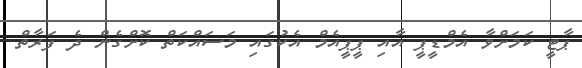
ޕާޓީ ކަމަށްވާ އެމްޑީޕީ އާއި ޕީޕީއެމް އެކުގައި މަސައްކަތް ކޮށްގެން ދެ ފަރާތް